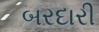
બરદારી